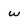
Character: w